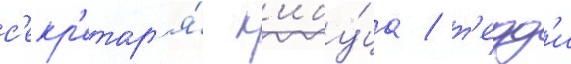
с'екр'етар'я́ к'ибу́ца / т'едд'и